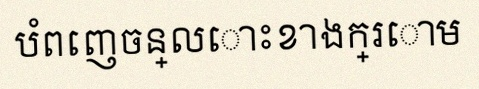
បំពេញចន្លោះខាងក្រោម